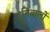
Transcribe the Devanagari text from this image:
दुनिवालों